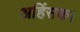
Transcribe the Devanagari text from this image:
अहिंसक।